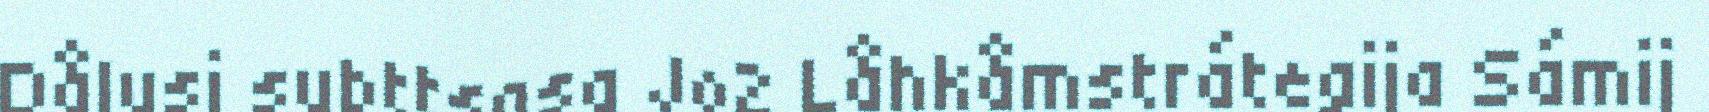
Dålusj subttsasa Jo2 Låhkåmstrátegija Sámij